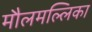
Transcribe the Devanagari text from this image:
मौलमल्लिका